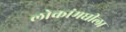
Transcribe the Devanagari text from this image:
लोकांमधीला